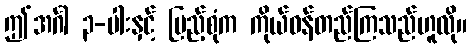
ဤအင်္ဂါ ၃-ပါးနှင့် ပြည့်စုံက ကိုယ်ဝန်တည်ကြသည်ဟူလို။